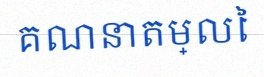
គណនាតម្លៃ